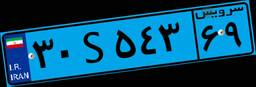
۸۳S۰۴۹۴۵